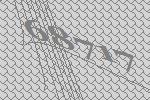
68717